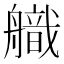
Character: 𮶚